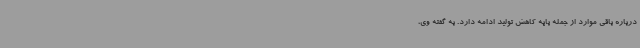
درباره باقی موارد از جمله پایه کاهش تولید ادامه دارد. به گفته وی،